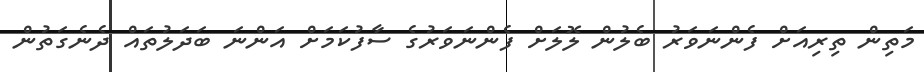
މަތިން ތިރިއަށް ފެންނަވަރު ބެލުން ލޮލަށް ފެންނަވަރުގެ ސާފުކަމަށް އަންނަ ބަދަލުތައް ދެނެގަތުން